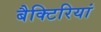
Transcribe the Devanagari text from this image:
बैक्टिरियां